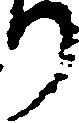
り